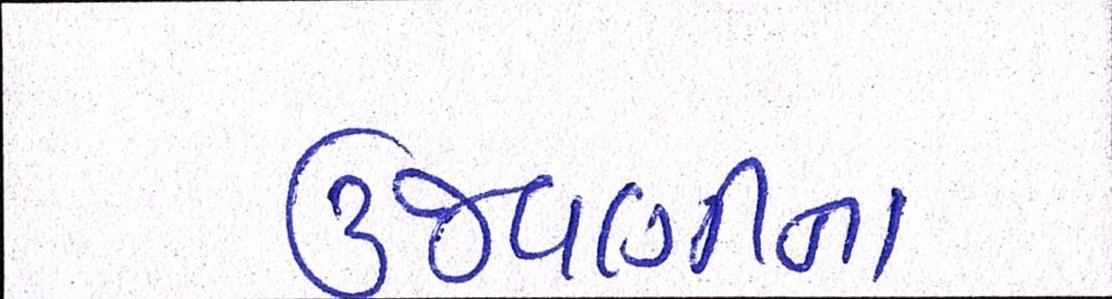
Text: ઉજવણીના